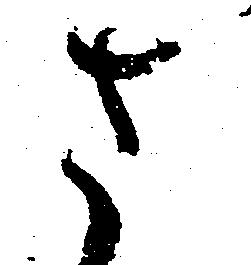
さ